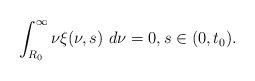
LaTeX: \begin{align*}\int_{R_{0}}^{\infty}\nu\xi(\nu,s)\ d\nu=0,s\in(0,t_{0}).\end{align*}